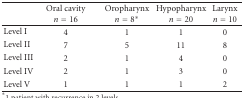
<table><thead><tr><td><b> </b></td><td><b>Oral cavity <i>n</i> = 16</b></td><td><b>Oropharynx <i>n</i> = 8*</b></td><td><b>Hypopharynx <i>n</i> = 20</b></td><td><b>Larynx <i>n</i> = 10</b></td></tr></thead><tbody><tr><td>Level I</td><td>4</td><td>1</td><td>1</td><td>0</td></tr><tr><td>Level II</td><td>7</td><td>5</td><td>11</td><td>8</td></tr><tr><td>Level III</td><td>2</td><td>1</td><td>4</td><td>0</td></tr><tr><td>Level IV</td><td>2</td><td>1</td><td>3</td><td>0</td></tr><tr><td>Level V</td><td>1</td><td>1</td><td>1</td><td>2</td></tr></tbody></table>